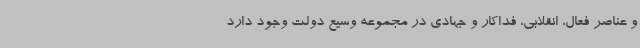
و عناصر فعال، انقلابی، فداکار و جهادی در مجموعه وسیع دولت وجود دارد